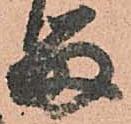
留